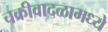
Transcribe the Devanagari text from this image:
चक्रीवादळामध्ये